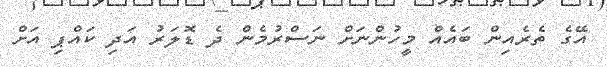
އޭގެ ތެރެއިން ބައެއް މީހުންނަށް ނަސްރުމެން ދެ ޑޮލަރު އަދި ކައްޕި އަށް